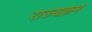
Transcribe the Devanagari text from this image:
राज्यक्रम